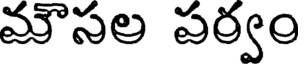
మౌసల పర్వం